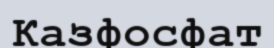
Казфосфат